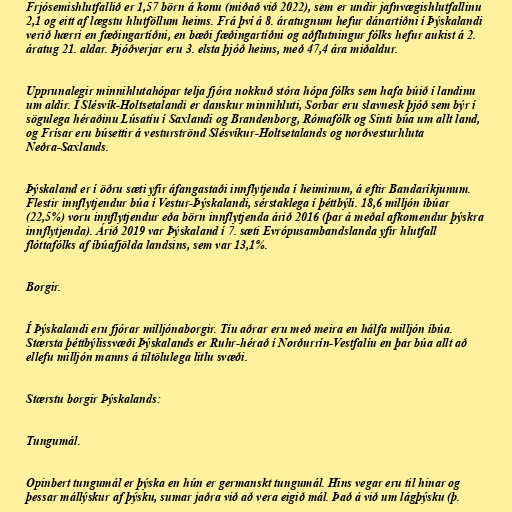
Frjósemishlutfallið er 1,57 börn á konu (miðað við 2022), sem er undir jafnvægishlutfallinu
2,1 og eitt af lægstu hlutföllum heims. Frá því á 8. áratugnum hefur dánartíðni í Þýskalandi
verið hærri en fæðingartíðni, en bæði fæðingartíðni og aðflutningur fólks hefur aukist á 2.
áratug 21. aldar. Þjóðverjar eru 3. elsta þjóð heims, með 47,4 ára miðaldur.

Upprunalegir minnihlutahópar telja fjóra nokkuð stóra hópa fólks sem hafa búið í landinu
um aldir. Í Slésvík-Holtsetalandi er danskur minnihluti, Sorbar eru slavnesk þjóð sem býr í
sögulega héraðinu Lúsatíu í Saxlandi og Brandenborg, Rómafólk og Sinti búa um allt land,
og Frísar eru búsettir á vesturströnd Slésvíkur-Holtsetalands og norðvesturhluta
Neðra-Saxlands.

Þýskaland er í öðru sæti yfir áfangastaði innflytjenda í heiminum, á eftir Bandaríkjunum.
Flestir innflytjendur búa í Vestur-Þýskalandi, sérstaklega í þéttbýli. 18,6 milljón íbúar
(22,5%) voru innflytjendur eða börn innflytjenda árið 2016 (þar á meðal afkomendur þýskra
innflytjenda). Árið 2019 var Þýskaland í 7. sæti Evrópusambandslanda yfir hlutfall
flóttafólks af íbúafjölda landsins, sem var 13,1%.

Borgir.

Í Þýskalandi eru fjórar milljónaborgir. Tíu aðrar eru með meira en hálfa milljón íbúa.
Stærsta þéttbýlissvæði Þýskalands er Ruhr-hérað í Norðurrín-Vestfalíu en þar búa allt að
ellefu milljón manns á tiltölulega litlu svæði.

Stærstu borgir Þýskalands:

Tungumál.

Opinbert tungumál er þýska en hún er germanskt tungumál. Hins vegar eru til hinar og
þessar mállýskur af þýsku, sumar jaðra við að vera eigið mál. Það á við um lágþýsku (þ.